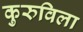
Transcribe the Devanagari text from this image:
कुरुविला